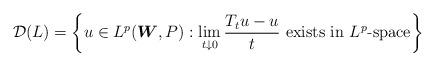
LaTeX: \begin{align*}\mathcal{D}(L) & =\left\{ u\in L^{p}(\boldsymbol{W},P):\lim_{t\downarrow0}\frac{T_{t}u-u}{t}\textrm{ exists in }L^{p}\textrm{-space}\right\} \end{align*}